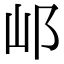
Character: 邖